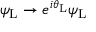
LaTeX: \psi _ { \mathrm { { L } } } \rightarrow e ^ { i \theta _ { \mathrm { { L } } } } \psi _ { \mathrm { { L } } }